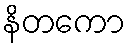
နိတကော